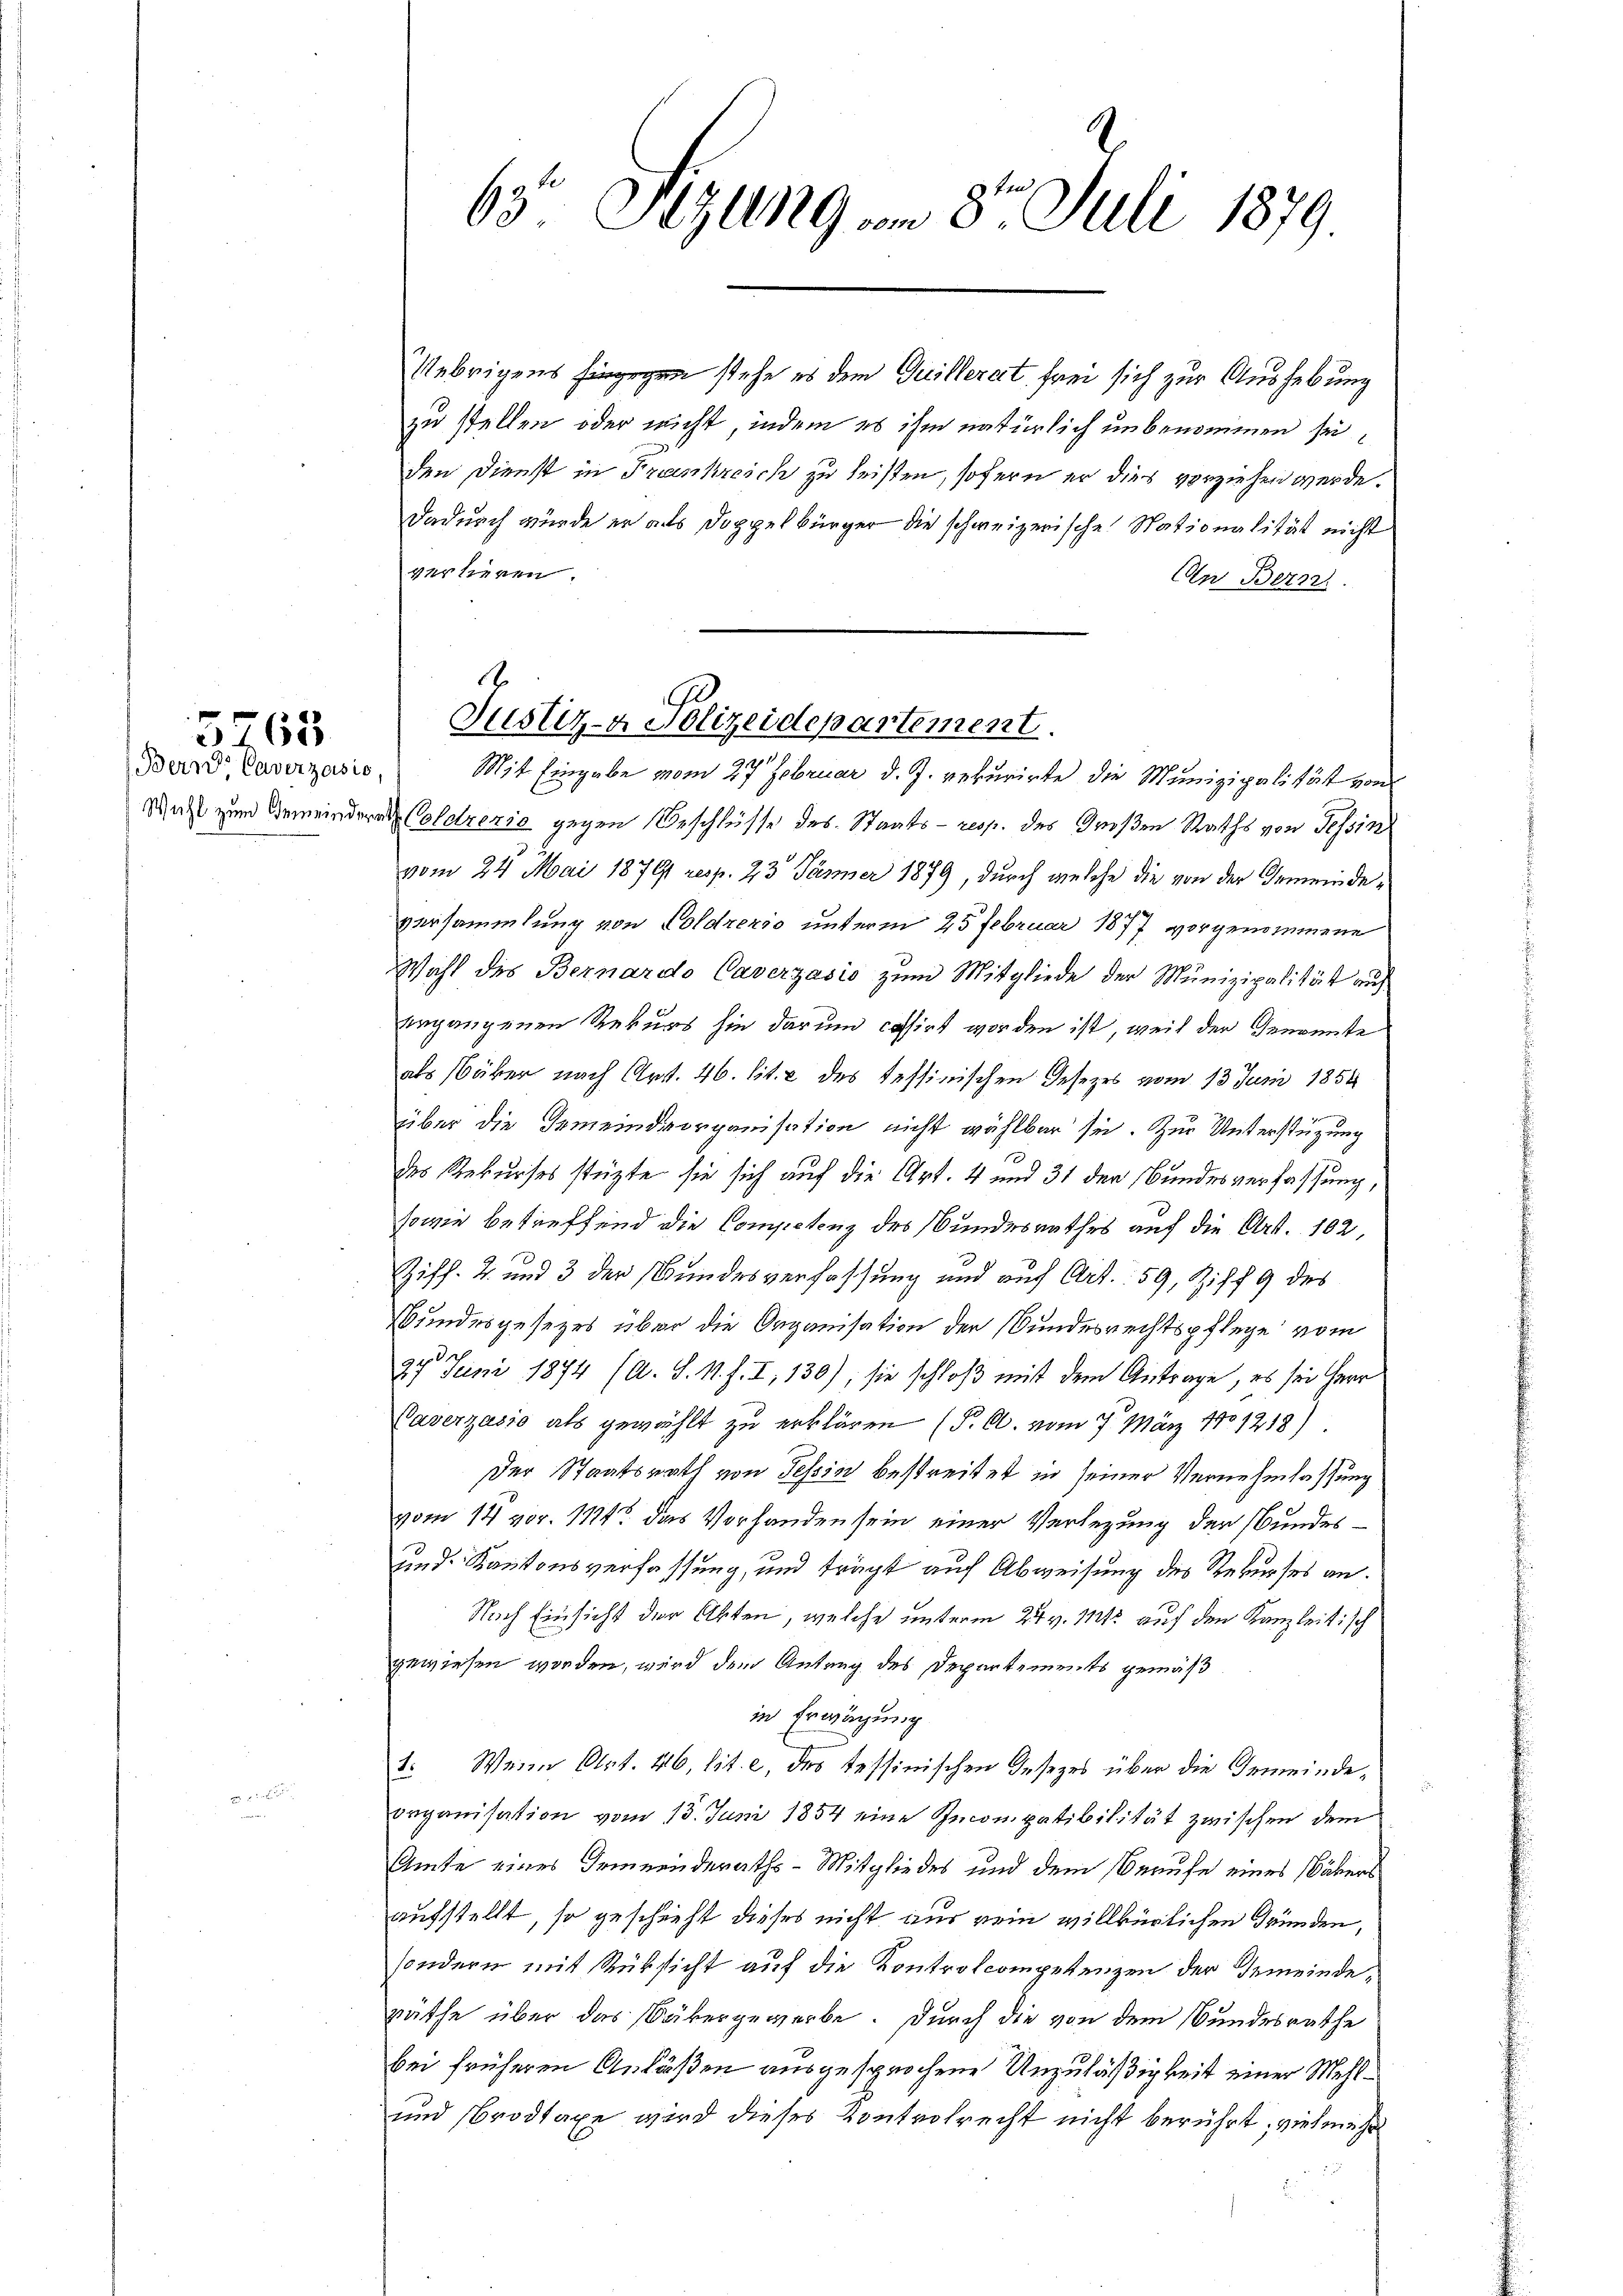
762

Bard, Caverzasio

63 Sezung am 8t Juli 1879.

zu stellen oder nicht, indem es ihm natürlich unbenommen seiden Dienst in Frankreich zu leisten, sofern er dies vorziehen werde.
Dadurch wurde er alls Doppelbürger die schweizerische Stationalität nicht
verlieren.
An Bern
Mit Eingabe vom 27 Februar d. J. rekurirte die Munizipalität von
Wahl zum Gemeinderen Coldzezia gegen Beschlüsse des Staats- resp. des Großen Raths von Tessin
vom 24. Mai 1879 resp. 23 Jänner 1879, durch welche die von der Gemeindeversammlung von Poldzezio unterm 25 Februar 1877 vorgenommene
Wahl des Bernardo Caverzasio zum Mitgliede der Munizipalität auf
ergangenen Rekurs sie darum cassirt worden ist, weil der Genrente
als über nach Art. 46. lit. c des Tessinischen Gesezes vom 13. Juni 1854
über die Gemeindeorganisation nicht wählbar sie. Zur Unterstüzung
des Rekurses stützte sie sich auf die Art. 4 und 31 der Bundesverfassung,
sowie betreffend die Competenz des Bundesrathes auf die Art. 102,
Ziff. 2. und 3 der Bundesverfassung und auf Art. 59, Ziff. 9 des
Bundesgesetzes über die Organisation der Bundesrechtspflege vom
27 Juni 1894 (A. S. M. J. I, 130), sie schloß mit dem Antrage, es sei Herr
Caverzašić als gewählt zu erklären (P. C. vom 17. März 1801218)
Der Staatsrath von Tessin bestreitet in seiner Vernehmlassung
vom 14 vor. 1124 das Vorhanden sein einer Verlegung der Bundes¬
und Kantonsverfassung, und trägt auf Abweisung des Rekurses an.
Nach Einsicht der Akten, welche unterm 24 v. Mts. auf den Kanzleitisch
gewiesen worden, wird dem Antrag des Departements gemäß
in Erwägung
1. Wenn Art. 46, lit. c, des tessinischen Gesezes über die Gemeindeorganisation vom 15. Juni 1854 eine Inconpatibilität zwischen dem
Amte eines Gemeinderaths-Mitgliedes und dem Berufe eines Wäbers
aufstellt, so geschricht dieses nicht nur rein willkürlichen Gründen,
sondern mit Rüksicht auf die Kontrolcompetenzen der Gemeinderäthe über das Bäkergewerbe. Durch die von dem Bundesrathe
bei früheren Anläßen ausgesprochene Unzuläßigkeit einer Mehl¬
und Brodtaxe wird dieses Kontrolrecht nicht berührt, vielmehr

Uebrigens hingegen stehe es dem Guillerat frei sich zur Aushebung

.
Justiz- & Polizeidepartement.